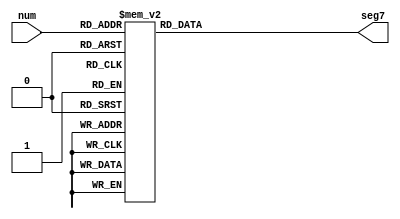
module DecoderHexa7 (input [3:0] num, output reg [0:6] seg7);

	always @(*) begin 
		case(num)
			4'd0: seg7 = ~(7'b1111110);
			4'd1: seg7 = ~(7'b0110000);
			4'd2: seg7 = ~(7'b1101101);
			4'd3: seg7 = ~(7'b1111001);
			4'd4: seg7 = ~(7'b0110011);
			4'd5: seg7 = ~(7'b1011011);
			4'd6: seg7 = ~(7'b1011111);
			4'd7: seg7 = ~(7'b1110000);
			4'd8: seg7 = ~(7'b1111111);
			4'd9: seg7 = ~(7'b1111011);
			4'd10: seg7 = ~(7'b1110111);
			4'd11: seg7 = ~(7'b0011111);
			4'd12: seg7 = ~(7'b1001110);
			4'd13: seg7 = ~(7'b0111101);
			4'd14: seg7 = ~(7'b1001111);
			4'd15: seg7 = ~(7'b1000111);
		
		endcase
	end

endmodule